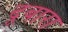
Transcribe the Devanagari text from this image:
दूबारा